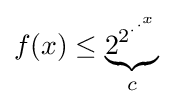
f(x)\leq \underbrace {2^{2^{\cdot ^{\cdot ^{x}}}}} _{c}